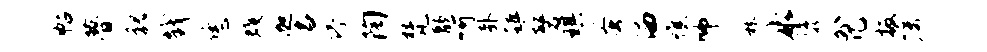
帖瞢貌戮恁蠖迦名停陶梵歆呵卦镇磬琪蚤洒憔师麻冰隳外几扳嘱